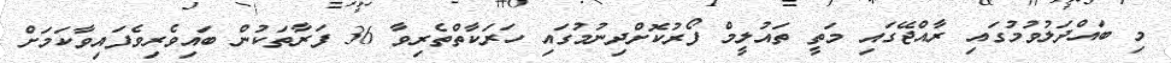
މި ބައްދަލުވުމުގައި ރާއްޖޭގައި މަތީ ތައުލީމް ފޯރުކޮށްދިނުމުގައި ހަރަކާތްތެރިވާ 36 ފަރާތަކުން ބައިވެރިވެފައިވާކަމަށް